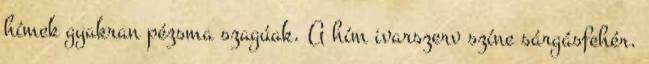
hímek gyakran pézsma szagúak. A hím ivarszerv színe sárgásfehér.